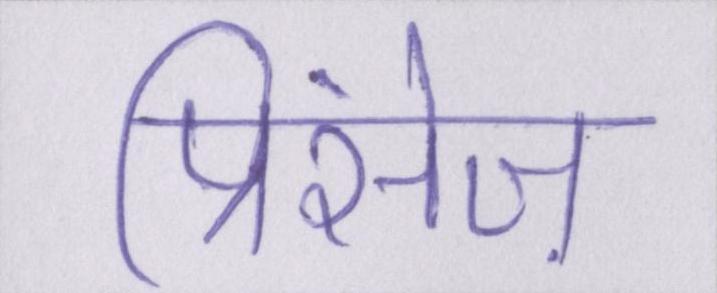
प्रिंसेज़